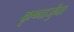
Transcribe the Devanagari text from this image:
कृष्नार्जुना